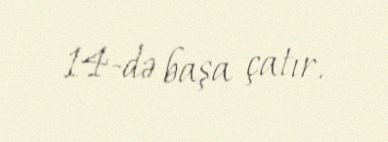
14-də başa çatır.